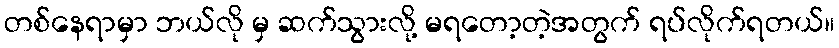
တစ်နေရာမှာ ဘယ်လို မှ ဆက်သွားလို့ မရတော့တဲ့အတွက် ရပ်လိုက်ရတယ်။